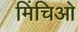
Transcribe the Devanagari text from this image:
मिंचिओ